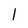
Character: l